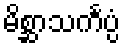
မိစ္ဆာသင်္ကပ္ပံ